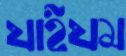
যাইযম